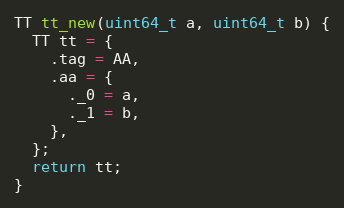
Language: C
TT tt_new(uint64_t a, uint64_t b) {
  TT tt = {
    .tag = AA,
    .aa = {
      ._0 = a,
      ._1 = b,
    },
  };
  return tt;
}